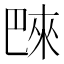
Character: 𪩭